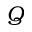
Q